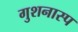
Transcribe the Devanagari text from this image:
गुशनास्प